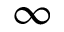
\infty